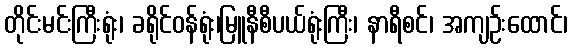
တိုင်းမင်းကြီးရုံး၊ ခရိုင်ဝန်ရုံး၊မြူနီစီပယ်ရုံးကြီး၊ နာရီစင်၊ အကျဉ်းထောင်၊